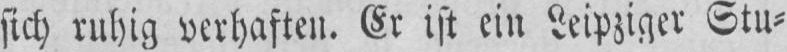
sich ruhlg verhaften. ist ein Lcipziger Ttu-